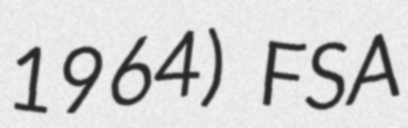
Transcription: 1964) FSA